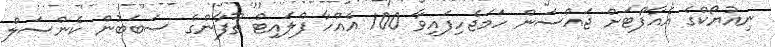
ނިއުޔޯކްގެ އެއާޕޯޓަށް ޖައްސަން ހަމަޖެހިފައިވާ 100 އެއްހާ ފްލައިޓް ތޫފާންގެ ސަބަބުން ކެންސަލް